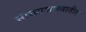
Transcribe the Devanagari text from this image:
सांख्यशास्त्रातील